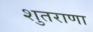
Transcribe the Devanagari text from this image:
शुतराणा